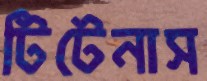
টিটেনাস